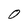
Character: 0